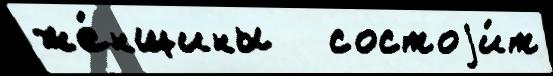
же́нщины   состоjи́т